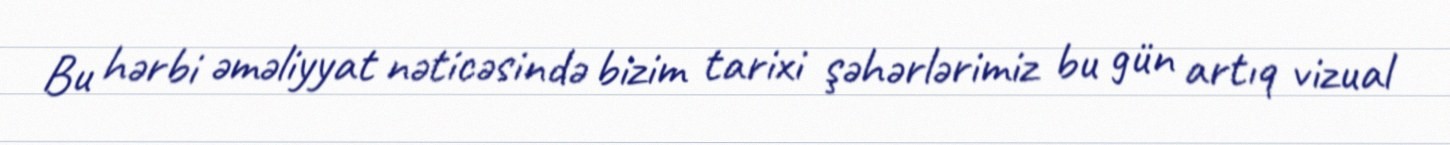
Bu hərbi əməliyyat nəticəsində bizim tarixi şəhərlərimiz bu gün artıq vizual